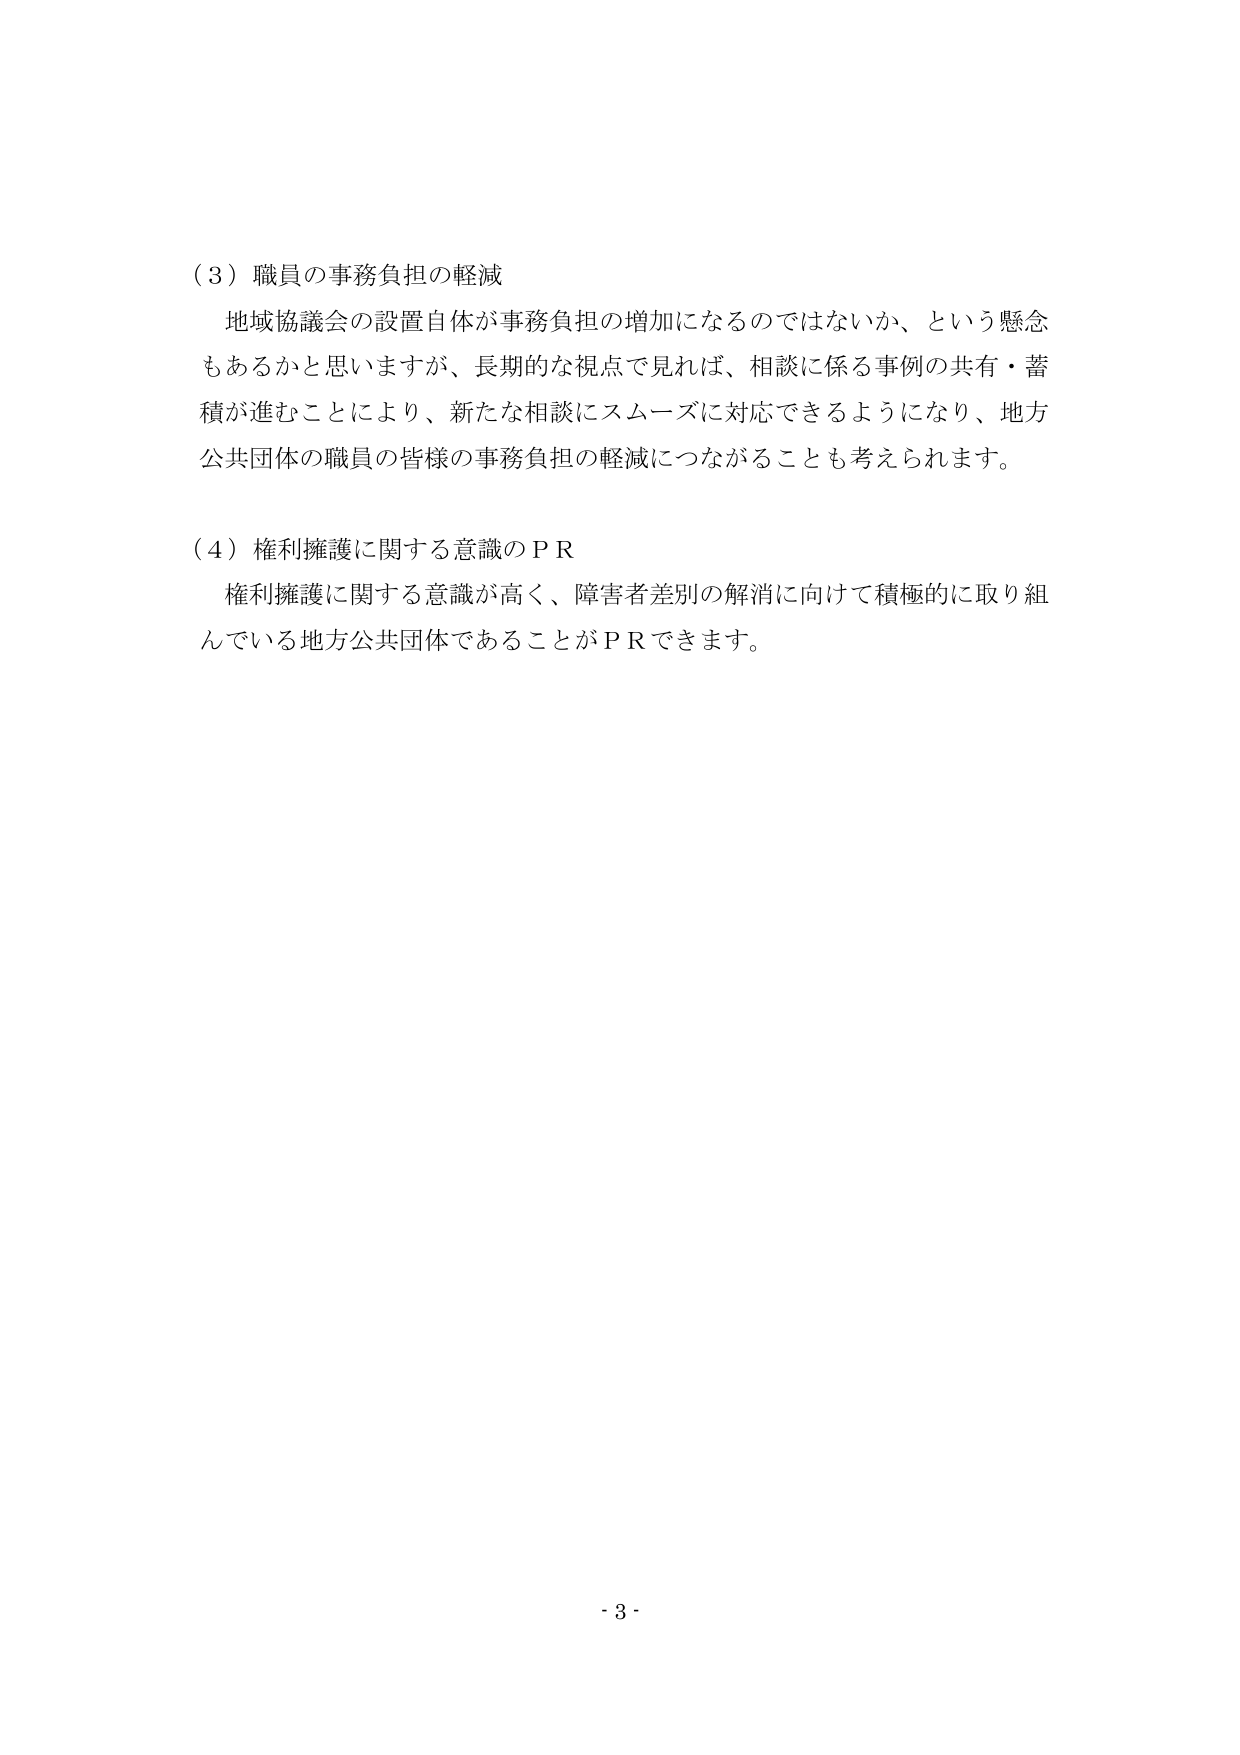
（３）職員の事務負担の軽減
地域協議会の設置自体が事務負担の増加になるのではないか、という懸念もあるかと思いますが、長期的な視点で見れば、相談に係る事例の共有・蓄積が進むことにより、新たな相談にスムーズに対応できるようになり、地方公共団体の職員の皆様の事務負担の軽減につながることも考えられます。

（４）権利擁護に関する意識のＰＲ
権利擁護に関する意識が高く、障害者差別の解消に向けて積極的に取り組んでいる地方公共団体であることがＰＲできます。

- 3 -